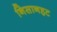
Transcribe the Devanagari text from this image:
निसानहट